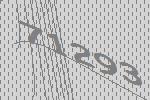
71293